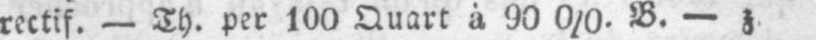
rectif. - Th. per 100 Quart à 90 0/0. B. - z.